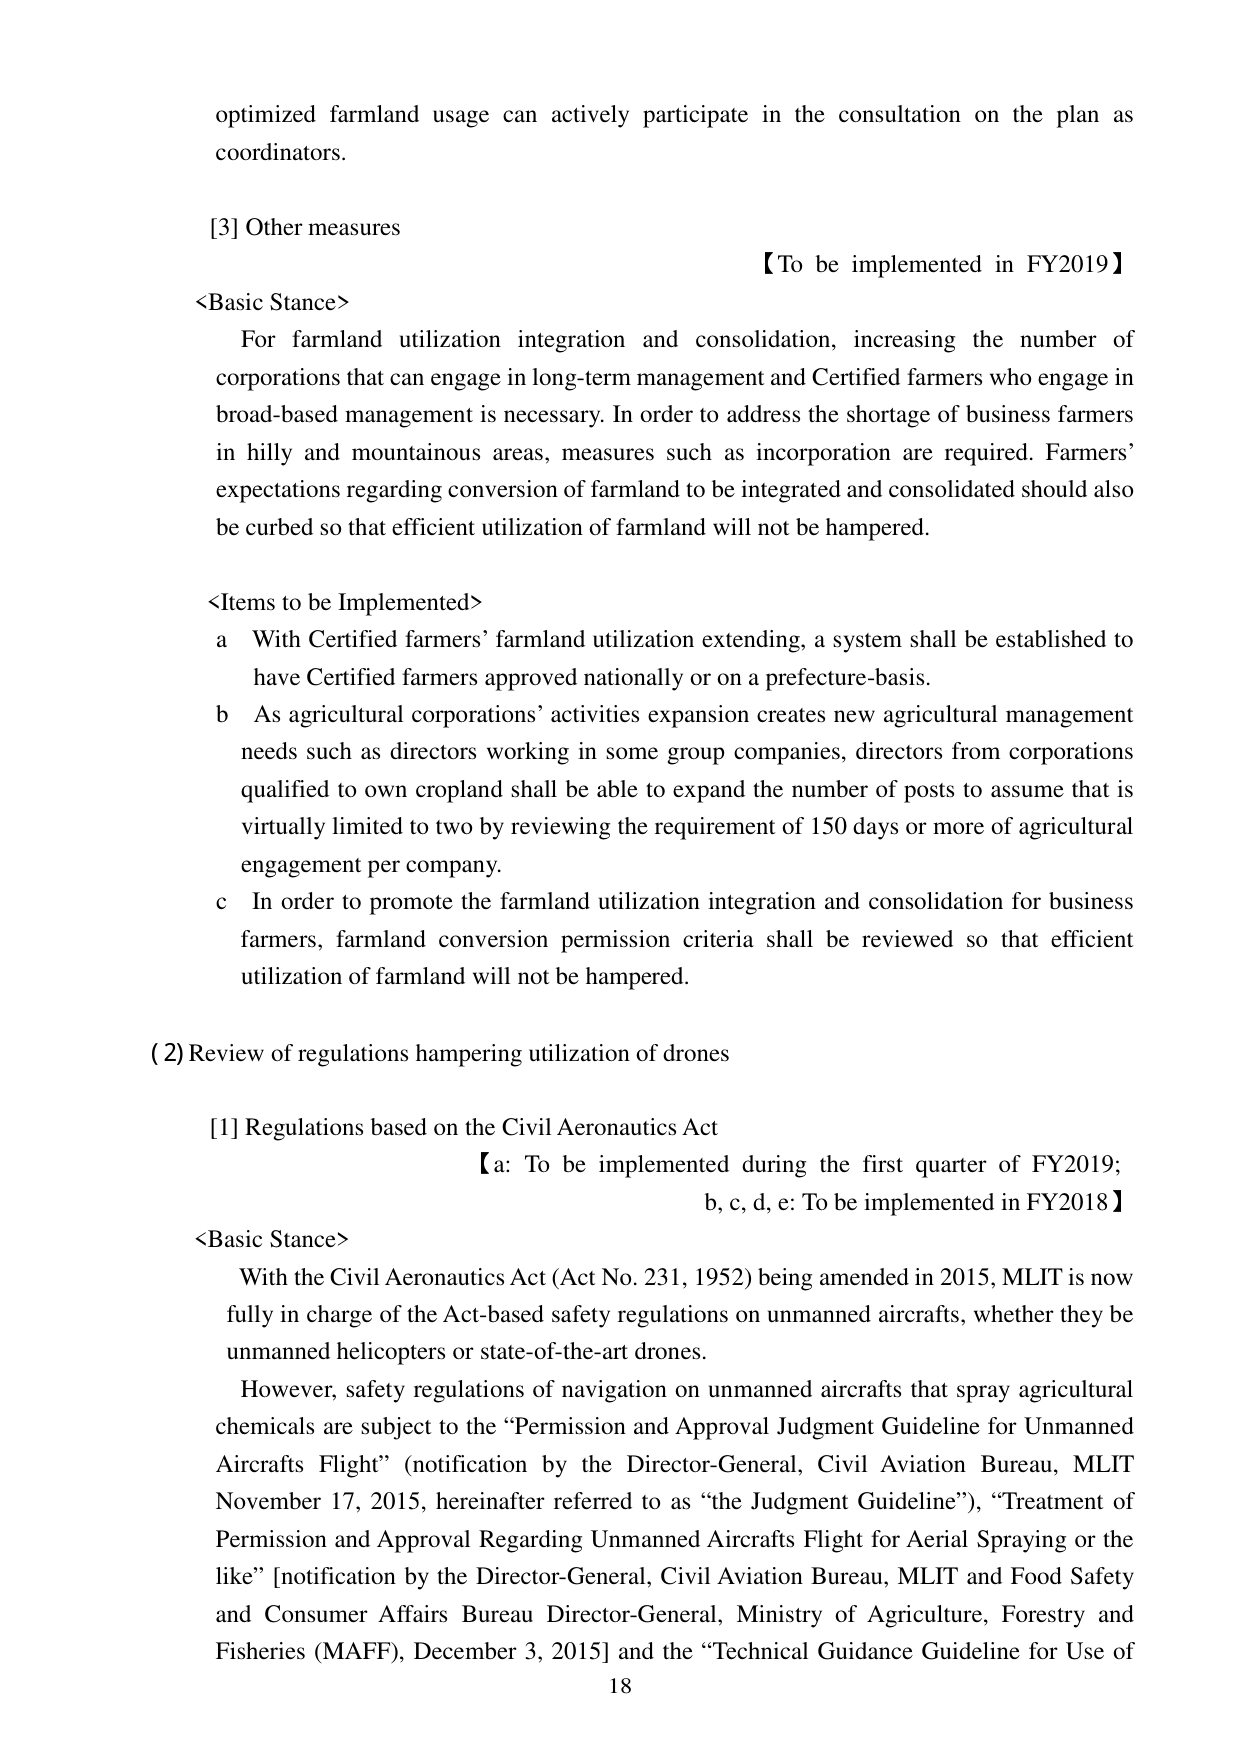
optimized farmland usage can actively participate in the consultation on the plan as coordinators.

[3] Other measures
【To be implemented in FY2019】

<Basic Stance>
For farmland utilization integration and consolidation, increasing the number of corporations that can engage in long-term management and Certified farmers who engage in broad-based management is necessary. In order to address the shortage of business farmers in hilly and mountainous areas, measures such as incorporation are required. Farmers’ expectations regarding conversion of farmland to be integrated and consolidated should also be curbed so that efficient utilization of farmland will not be hampered.

<Items to be Implemented>
a With Certified farmers’ farmland utilization extending, a system shall be established to have Certified farmers approved nationally or on a prefecture-basis.
b As agricultural corporations’ activities expansion creates new agricultural management needs such as directors working in some group companies, directors from corporations qualified to own cropland shall be able to expand the number of posts to assume that is virtually limited to two by reviewing the requirement of 150 days or more of agricultural engagement per company.
c In order to promote the farmland utilization integration and consolidation for business farmers, farmland conversion permission criteria shall be reviewed so that efficient utilization of farmland will not be hampered.

(2) Review of regulations hampering utilization of drones

[1] Regulations based on the Civil Aeronautics Act
【a: To be implemented during the first quarter of FY2019; b, c, d, e: To be implemented in FY2018】

<Basic Stance>
With the Civil Aeronautics Act (Act No. 231, 1952) being amended in 2015, MLIT is now fully in charge of the Act-based safety regulations on unmanned aircrafts, whether they be unmanned helicopters or state-of-the-art drones.
However, safety regulations of navigation on unmanned aircrafts that spray agricultural chemicals are subject to the “Permission and Approval Judgment Guideline for Unmanned Aircrafts Flight” (notification by the Director-General, Civil Aviation Bureau, MLIT November 17, 2015, hereinafter referred to as “the Judgment Guideline”), “Treatment of Permission and Approval Regarding Unmanned Aircrafts Flight for Aerial Spraying or the like” [notification by the Director-General, Civil Aviation Bureau, MLIT and Food Safety and Consumer Affairs Bureau Director-General, Ministry of Agriculture, Forestry and Fisheries (MAFF), December 3, 2015] and the “Technical Guidance Guideline for Use of

18